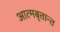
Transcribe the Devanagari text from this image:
आत्मबृत्तान्त